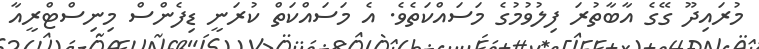
މުރައިދޫ ގޭގެ އާބާތުރަ ފިލުވުމުގެ މަސައްކަތެވެ. އެ މަސައްކަތް ކުރަނީ ޑިފެންސް މިނިސްޓްރީއާ